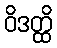
ဝိဒတ္ထိ